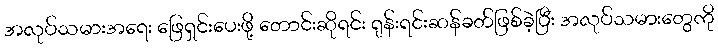
အလုပ်သမားအရေး ဖြေရှင်းပေးဖို့ တောင်းဆိုရင်း ရုန်းရင်းဆန်ခတ်ဖြစ်ခဲ့ပြီး အလုပ်သမားတွေကို